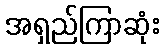
အရှည်ကြာဆုံး